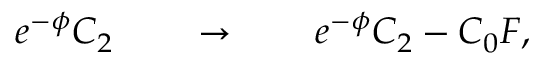
e ^ { - \phi } C _ { 2 } \qquad \rightarrow \qquad e ^ { - \phi } C _ { 2 } - C _ { 0 } F ,